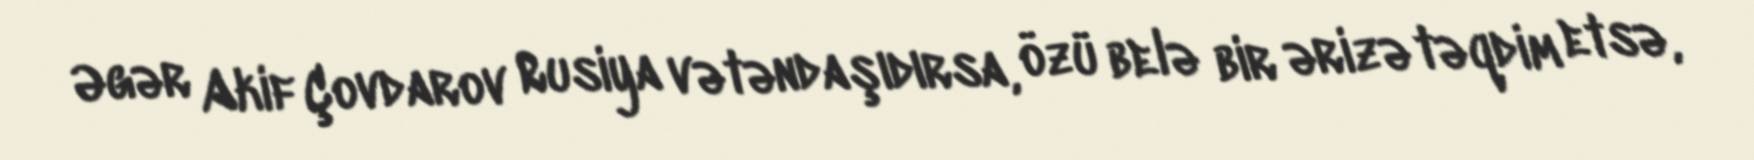
Əgər Akif Çovdarov Rusiya vətəndaşıdırsa, özü belə bir ərizə təqdim etsə,